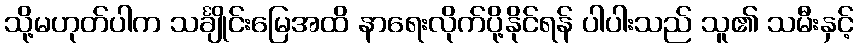
သို့မဟုတ်ပါက သင်္ချိုင်းမြေအထိ နာရေးလိုက်ပို့နိုင်ရန် ပါပါးသည် သူ၏ သမီးနှင့်